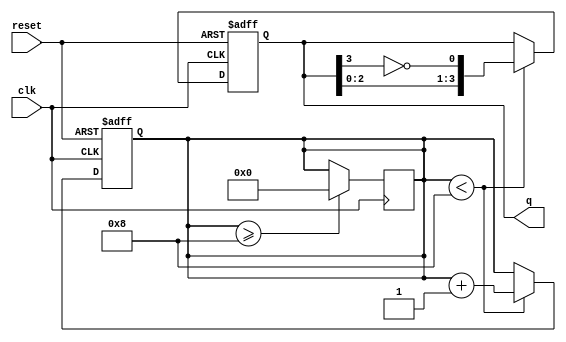
module DivideByNJohnsonCounter #(
    parameter M = 4,  // Number of flip-flops
    parameter N = 8   // Divide factor
)(
    input wire clk,       // Clock input
    input wire reset,     // Asynchronous reset
    output reg [M-1:0] q // Output state of the counter
);

    // Internal signal for counting
    reg [M-1:0] count;
    reg [3:0] count_state;  // To keep track of states

    // Initialize the counter
    initial begin
        q = 0;
        count = 0;
        count_state = 0;
    end

    // Johnson counter behavior
    always @(posedge clk or posedge reset) begin
        if (reset) begin
            q <= 0;          // Reset counter
            count <= 0;      // Reset count
            count_state <= 0; // Reset state
        end else begin
            // Check if we have reached the desired count N
            if (count_state < N) begin
                // Shift the states
                q <= {q[M-2:0], ~q[M-1]}; // Johnson counter logic
                count_state <= count_state + 1; // Increment state count
            end
        end
    end

    // Reset count_state after reaching N
    always @(posedge clk) begin
        if (count_state >= N) begin
            count_state <= 0; // Reset state count to zero
        end
    end

endmodule